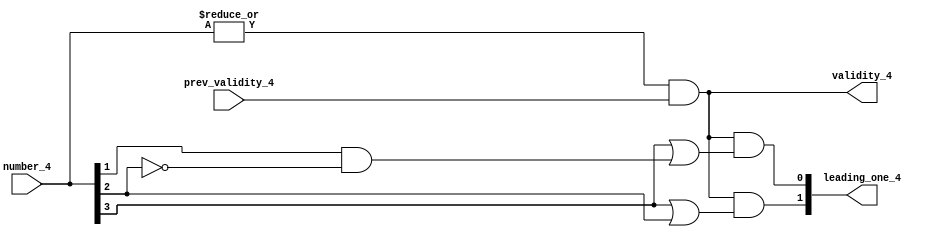
module priority_encoder_4(number_4, leading_one_4, validity_4, prev_validity_4);

input [3 : 0] number_4;
input prev_validity_4;
output validity_4;
output [1 : 0] leading_one_4;

// assign number_4 = 4'b1101;
// assign prev_validity_4 = 1'b1;
// always@(*)
// begin
//     $display("num = %b, validity = %b, leading_one = %b", number_4, validity_4, leading_one_4);
// end


assign validity_4 = (| number_4) & prev_validity_4;
assign leading_one_4[0] = validity_4 & (number_4[3] | (number_4[1] & (~number_4[2])));
assign leading_one_4[1] = validity_4 & (number_4[3] | number_4[2]);


endmodule